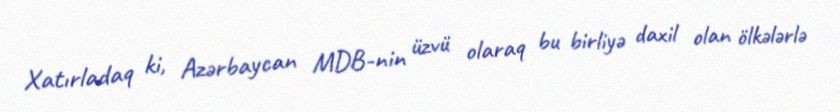
Xatırladaq ki, Azərbaycan MDB-nin üzvü olaraq bu birliyə daxil olan ölkələrlə